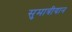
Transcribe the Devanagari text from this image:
सुमात्रीयान